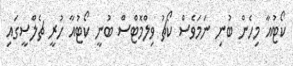
ކޯޓުއާ މިހެން ބުނި ނަމަވެސް ކޯޗު ވިލްމޮޓްސް ބުނީ ކޯޓުއާ ހުރީ ޗެލްސީގައި